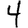
Digit: 4